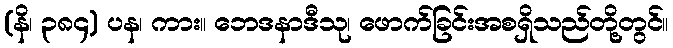
(နိ၊ ၃၈၄) ပန၊ ကား။ ဘေဒနာဒီသု၊ ဖောက်ခြင်းအစရှိသည်တို့တွင်။